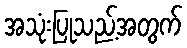
အသုံးပြုသည့်အတွက်